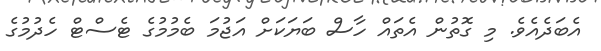
އެބަދެއެވެ. މި ގޮތުން އެތައް ހާސް ބަޔަކަށް އަޖުމަ ބެމުމުގެ ޓެސްޓް ހެދުމުގެ